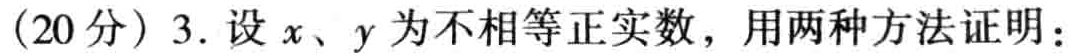
(20分) 3. 设 \(x、y\) 为不相等正实数，用两种方法证明：